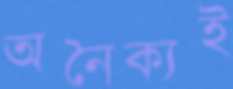
অনৈক্যই